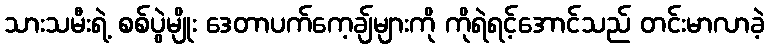
သားသမီးရဲ့ စစ်ပွဲမျိုး ဒေတာပက်ကေ့ချ်များကို ကိုရဲရင့်အောင်သည် တင်းမာလာခဲ့